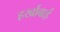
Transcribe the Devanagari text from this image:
हर्खाबाई